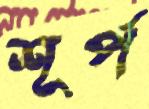
শূর্প